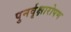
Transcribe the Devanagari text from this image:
पुनर्वृक्षारोपण